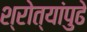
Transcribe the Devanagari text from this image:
श्रोत्यांपुढे